Indian journal of veterinary science and animal husbandry - Volume 13,
Year: 1943
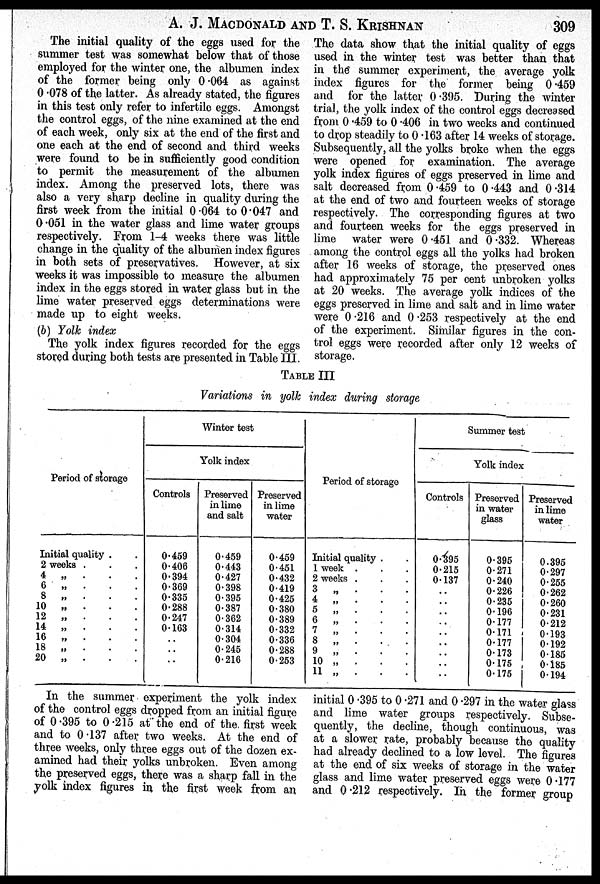
A. J. MACDONALD AND T. S.
KRISHNAN
309
The initial quality of the eggs used for the
summer test was somewhat below that of those
employed for the winter one, the albumen index
of the former being only 0.064 as against
0.078 of the latter. As already stated, the figures
in this test only refer to infertile eggs. Amongst
the control eggs, of the nine examined at the end
of each week, only six at the end of the first and
one each at the end of second and third weeks
were found to be in sufficiently good condition
to permit the measurement of the albumen
index. Among the preserved lots, there was
also a very sharp decline in quality during the
first week from the initial 0.064 to 0.047 and
0.051 in the water glass and lime water groups
respectively. From 1-4 weeks there was little
change in the quality of the albumen index figures
in both sets of preservatives. However, at six
weeks it was impossible to measure the albumen
index in the eggs stored in water glass but in the
lime water preserved eggs determinations were
made up to eight weeks.
(b) Yolk index
The yolk index figures recorded for the eggs
stored during both tests are presented in Table III.
The data show that the initial quality of eggs
used in the winter test was better than that
in the summer experiment, the average yolk
index figures for the former being 0.459
and for the latter 0.395. During the winter
trial, the yolk index of the control eggs decreased
from 0.459 to 0.406 in two weeks and continued
to drop steadily to 0.163 after 14 weeks of storage.
Subsequently, all the yolks broke when the eggs
were opened for examination. The average
yolk index figures of eggs preserved in lime and
salt decreased from 0.459 to 0.443 and 0.314
at the end of two and fourteen weeks of storage
respectively. The corresponding figures at two
and fourteen weeks for the eggs preserved in
lime water were 0.451 and 0.332. Whereas
among the control eggs all the yolks had broken
after 16 weeks of storage, the preserved ones
had approximately 75 per cent unbroken yolks
at 20 weeks. The average yolk indices of the
eggs preserved in lime and salt and in lime water
were 0.216 and 0.253 respectively at the end
of the experiment. Similar figures in the con-
trol eggs were recorded after only 12 weeks of
storage.
TABLE III
Variations in yolk index during storage
Period of storage
Initial quality . .
2 weeks . . .
4 „ . . .
6 „ . . .
8
„
.
.
.
10 „ . . .
12 „ . . .
14 „ . . .
16 „ . . .
18 „
.
20 „
.
Winter test
Yolk index
Controls
0.459
0.406
0.394
0.369
0.335
0.288
0.247
0.163
. .
..
..
Preserved
in lime
and salt
0.459
0.443
0.427
0.398
0.395
0.387
0.362
0.314
0.304
0.245
0.216
Preserved
in lime
water
0.459
0.451
0.432
0.419
0.425
0.380
0.389
0.332
0.336
0.288
0.253
Period of storage
Initial quality . .
1 week . . .
2 weeks . . .
3 „
. . .
4 „ . . .
5 „ . . .
6 „ . . .
7 „ . . .
8 „
.
.
.
9 „ . . .
10
„
.
.
.
11 „ . . .
Summer test
Yolk index
Controls
0.395
0.215
0.137
. .
. .
. .
. .
. .
. .
. .
. .
. .
Preserved
in water
glass
0.395
0.271
0.240
0.226
0.235
0.196
0.177
0.171
0.177
0.173
0.175
0.175
Preserved
in lime
water
0.395
0.297
0.255
0.262
0.260
0.231
0.212
0.193
0192
0.185
0.185
0.194
In the summer experiment the yolk index
of the control eggs dropped from an initial figure
of 0.395 to 0.215 at the end of the. first week
and to 0.137 after two weeks. At the end of
three weeks, only three eggs out of the dozen ex-
amined had their yolks unbroken. Even among
the preserved eggs, there was a sharp fall in the
yolk index figures in the first week from an
initial 0.395 to 0.271 and 0.297 in the water glass
and lime water groups respectively. Subse-
quently, the decline, though continuous, was
at a slower rate, probably because the quality
had already declined to a low level. The figures
at the end of six weeks of storage in the water
glass and lime water preserved eggs were 0.177
and 0.212 respectively. In the former group